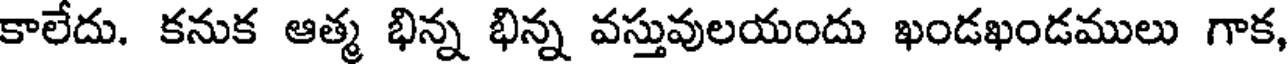
కాలేదు. కనుక ఆత్మ భిన్న భిన్న వస్తువులయందు ఖండఖండములు గాక,